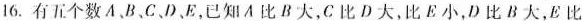
16.有五个数A B、C、E，已知A比B大，C比D大，比E小，D比B大，E比